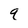
Character: q